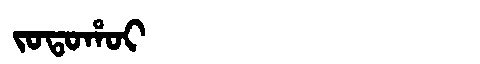
Manchu: ᠵᠣᡨᠣᡥᠣᡳ
Romanization: JOTOHOI